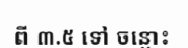
ពី ៣.៥ ទៅ ចន្លោះ